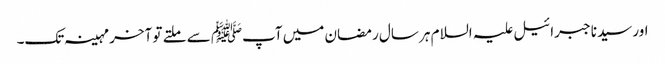
اور سیدنا جبرائیل علیہ السلام ہر سال رمضان میں آپﷺ سے ملتے تو آخر مہینہ تک۔